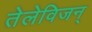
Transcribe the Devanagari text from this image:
तेलेविजन्